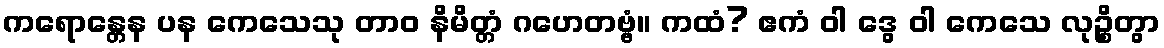
ကရောန္တေန ပန ကေသေသု တာဝ နိမိတ္တံ ဂဟေတဗ္ဗံ။ ကထံ? ဧကံ ဝါ ဒွေ ဝါ ကေသေ လုဉ္စိတွာ